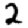
Digit: 2